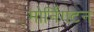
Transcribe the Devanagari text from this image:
मोर्निंगटन